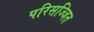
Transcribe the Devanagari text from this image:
परिसज्जित